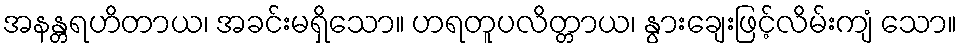
အနန္တရဟိတာယ၊ အခင်းမရှိသော။ ဟရတူပလိတ္တာယ၊ နွားချေးဖြင့်လိမ်းကျံ သော။